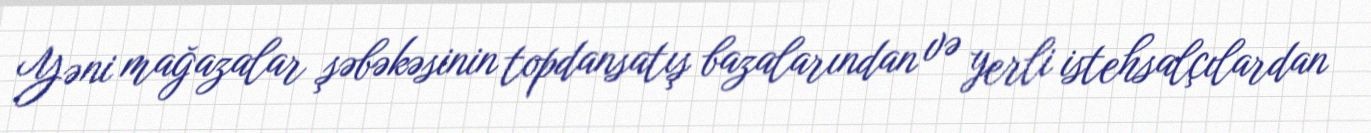
Yəni mağazalar şəbəkəsinin topdansatış bazalarından və yerli istehsalçılardan